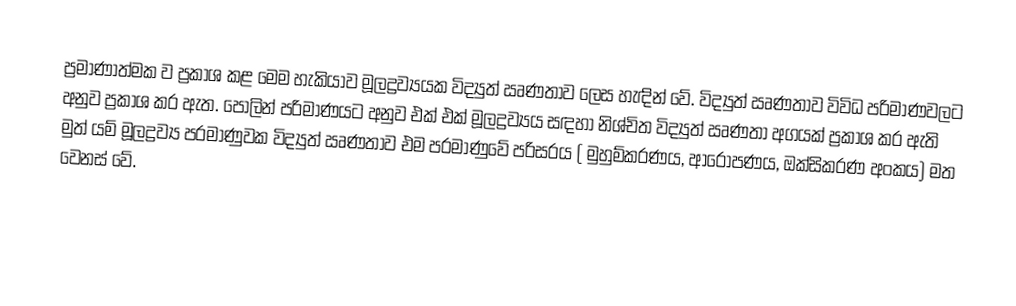
ප්‍රමාණාත්මක ව ප්‍රකාශ කළ මෙම හැකියාව මූලද්‍රව්‍යයක විද්‍යුත් ඍණතාව ලෙස හැඳින් වේ. විද්‍යුත් ඍණතාව විවිධ පරිමාණවලට අනුව ප්‍රකාශ කර ඇත. පෝලින් පරිමාණයට අනුව එක් එක් මූලද්‍රව්‍යය සඳහා නිශ්චිත විද්‍යුත් ඍණතා අගයක් ප්‍රකාශ කර ඇති මුත් යම් මූලද්‍රව්‍ය පරමාණුවක විද්‍යුත් ඍණතාව එම පරමාණුවේ පරිසරය ( මුහුම්කරණය, ආරෝපණය, ඔක්සිකරණ අංකය) මත වෙනස් වේ.